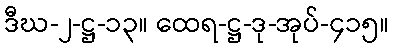
ဒီဃ-၂-ဋ္ဌ-၁၃။ ထေရ-ဋ္ဌ-ဒု-အုပ်-၄၁၅။